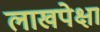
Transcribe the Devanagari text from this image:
लाखपेक्षा